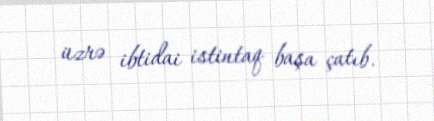
üzrə ibtidai istintaq başa çatıb.